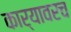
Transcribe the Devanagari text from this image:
कार्यावरच